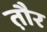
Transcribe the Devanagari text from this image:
त़ौर